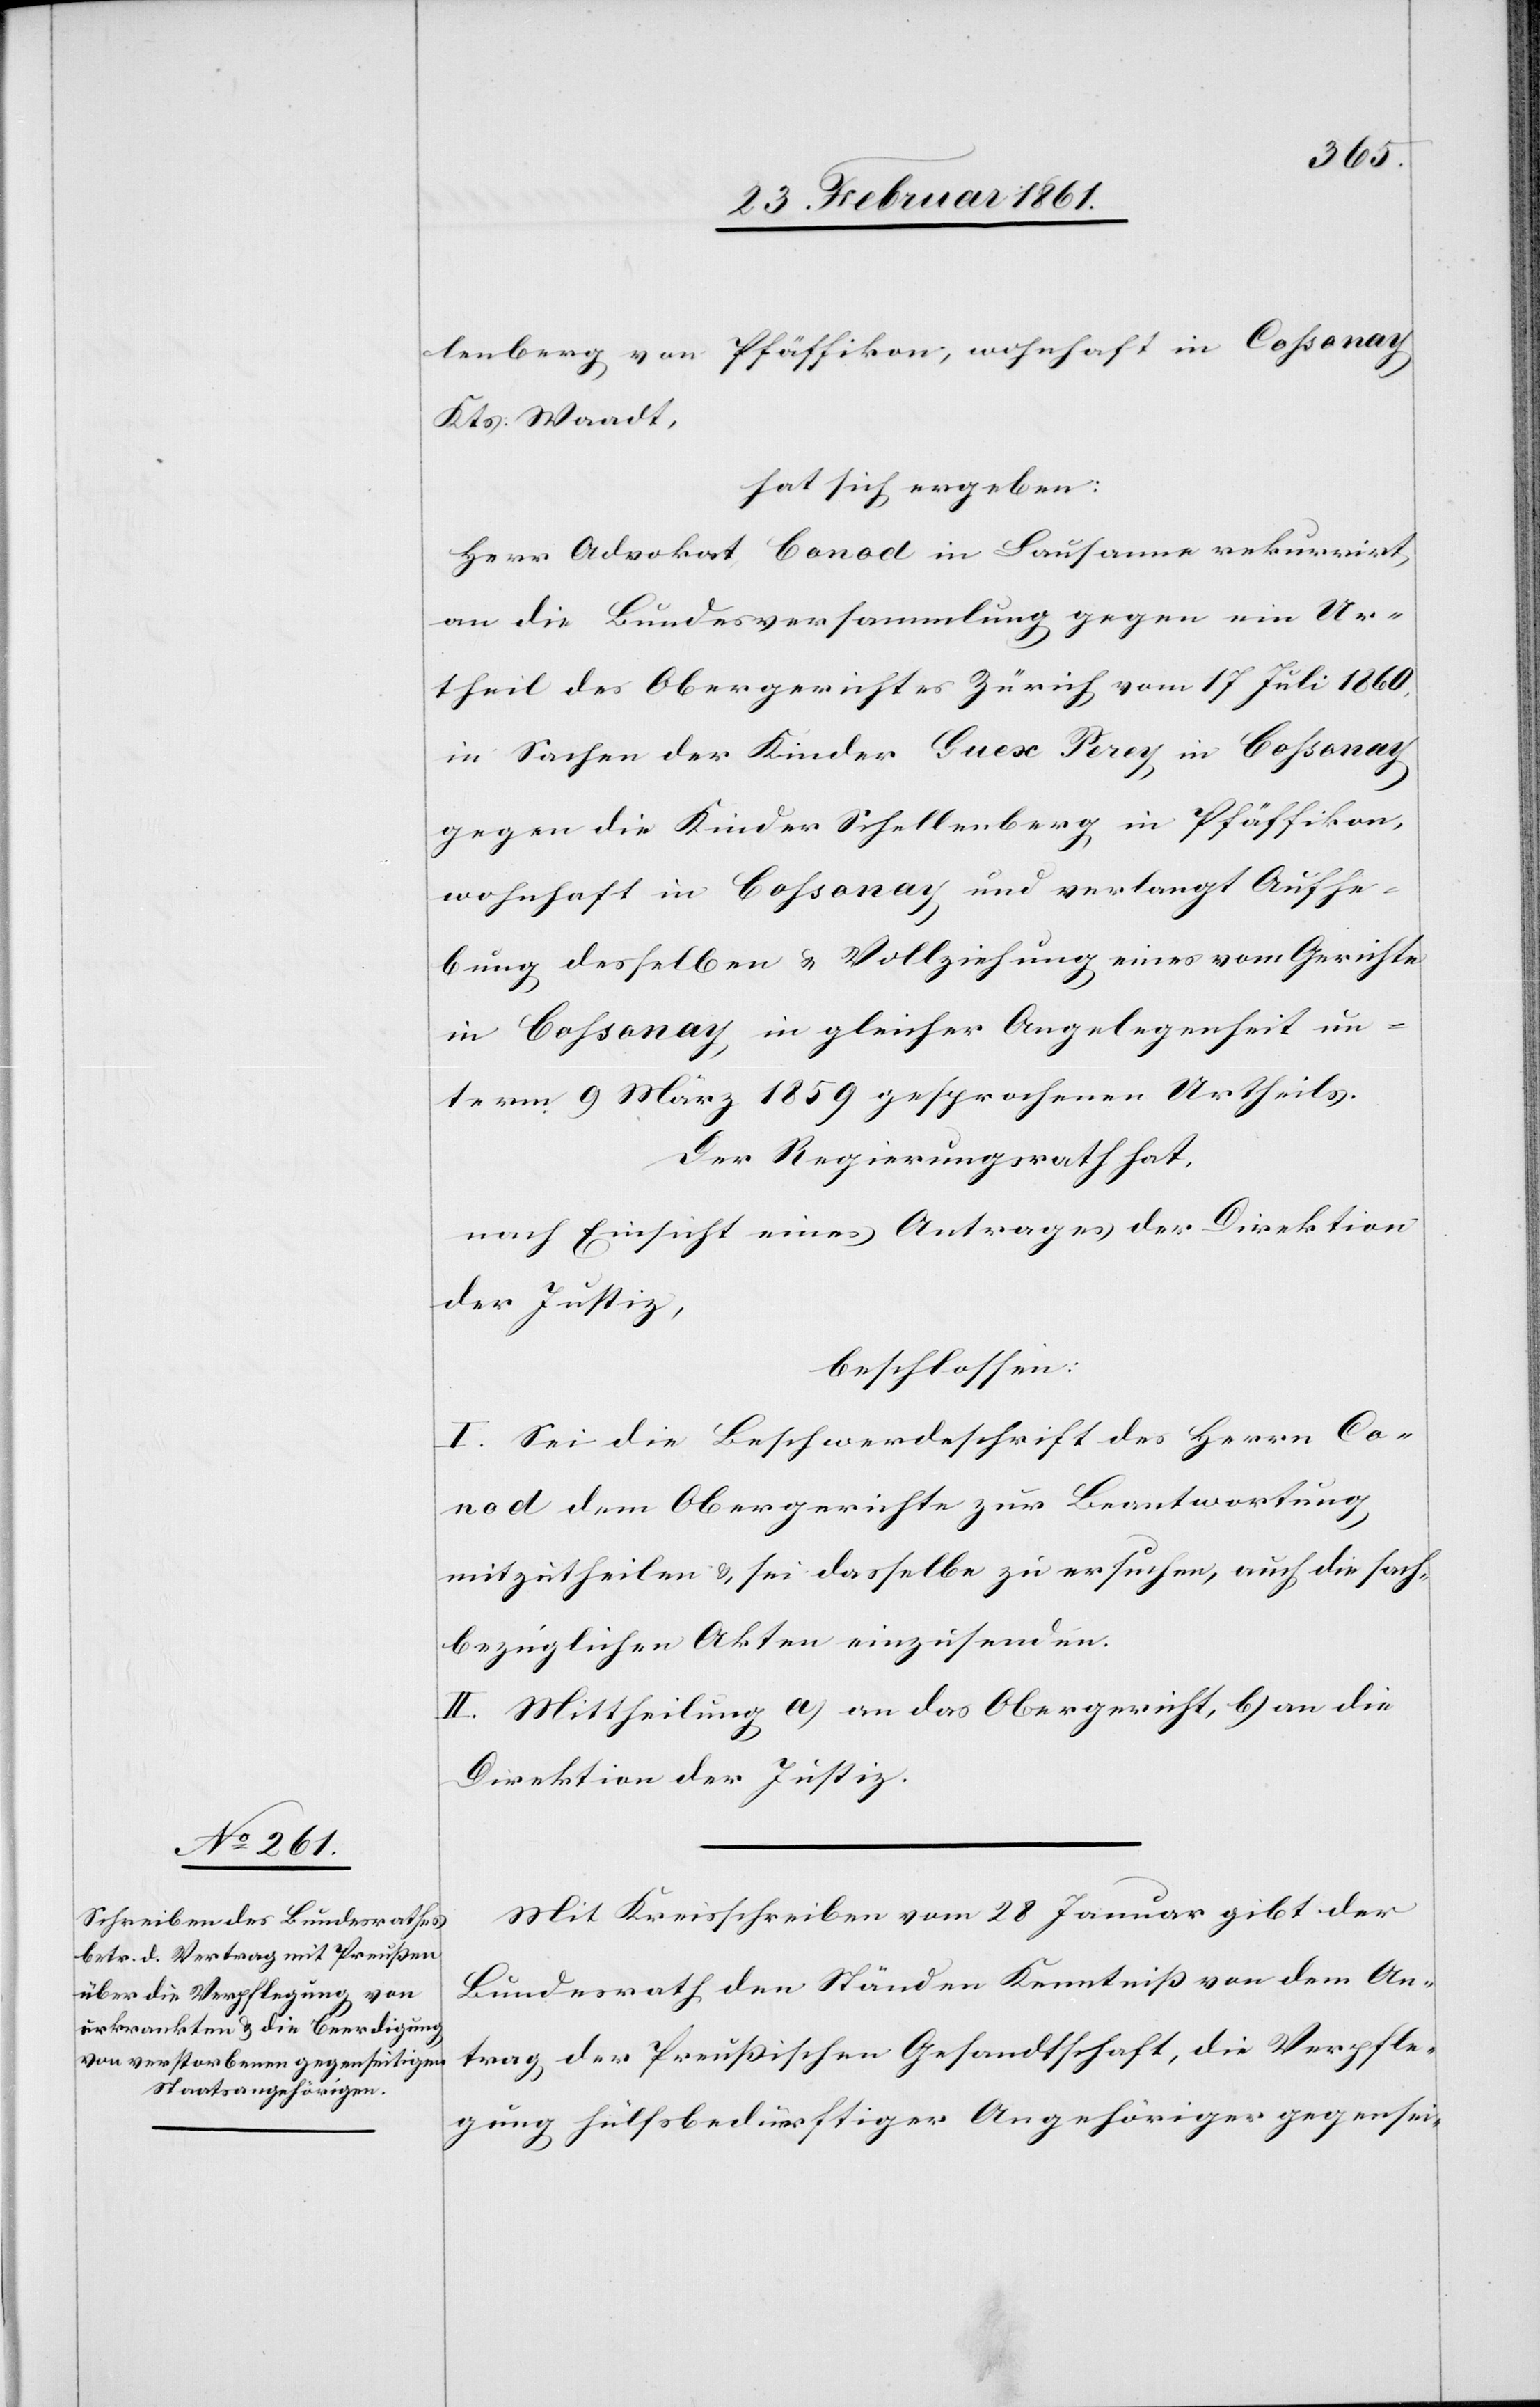
lenberg von Pfäffikon, wohnhaft in Cossonay
Kts. Waadt,
hat sich ergeben:
Herr Advokat Conod in Lausanne rekurrirt,
an die Bundesversammlung gegen ein Ur¬
theil des Obergerichtes Zürich vom 17. Juli 1860,
in Sachen der Kinder Guex Perey in Cossonay
gegen die Kinder Schellenberg in Pfäffikon,
wohnhaft in Cossonay und verlangt Aufhe¬
bung desselben u. Vollziehung eines vom Gerichte
in Cossonay in gleicher Angelegenheit un¬
term 9. März 1859 gesprochenen Urtheils.
Der Regierungsrath hat:
nach Einsicht eines Antrages der Direktion
der Justiz,
beschlossen:
I. Sei die Beschwerdeschrift des Herrn Co¬
nod dem Obergerichte zur Beantwortung
mitzutheilen u. sei dasselbe zu ersuchen, auch die sach¬
bezüglichen Akten einzusenden.
II. Mittheilung a) an das Obergericht, b) an die
Direktion der Justiz.
Mit Kreisschreiben vom 28. Januar gibt der
Bundesrath den Ständen Kenntniss von dem An¬
trag der Preussischen Gesandtschaft, die Verpfle¬
gung hülfsbedürftiger Angehöriger gegensei-